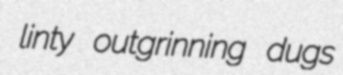
linty outgrinning dugs